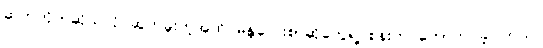
ဆက်တိုက်ဆိုသလို ဆွတ်ခူးတဲ့အထိ မန္တလေးစာဆိုတွေရဲ့ စန်းက တောက်ပခဲ့ပါတယ်။